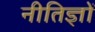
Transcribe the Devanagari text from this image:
नीतिज्ञों